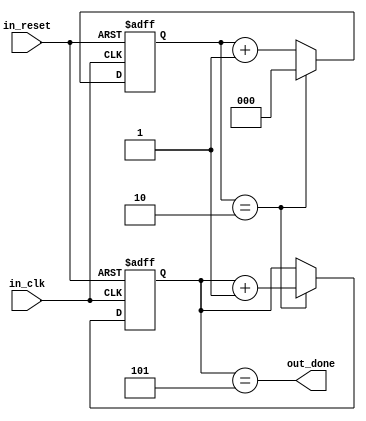
module Loop_Block (
    input wire in_clk,
    input wire in_reset,
    output wire out_done
);

parameter NUM_ITERATORS = 3;
parameter NUM_LOOPS = 5;

reg [NUM_ITERATORS-1:0] iterators;
reg [NUM_LOOPS-1:0] loops;

always @(posedge in_clk or posedge in_reset) begin
    if (in_reset) begin
        iterators <= 0;
        loops <= 0;
    end else begin
        if (iterators == NUM_ITERATORS-1) begin
            iterators <= 0;
            loops <= loops + 1;
        end else begin
            iterators <= iterators + 1;
        end
    end
end

assign out_done = (loops == NUM_LOOPS);

endmodule